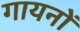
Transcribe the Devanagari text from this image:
गायनों